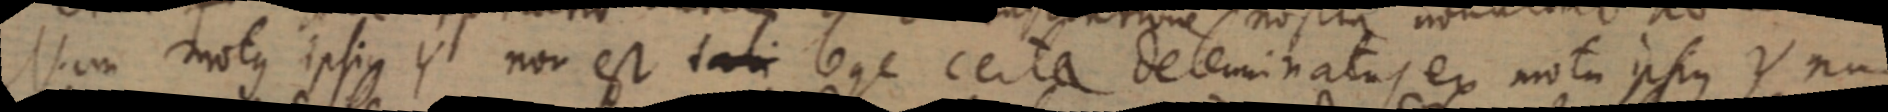
Nam motus ipsique Y non est tabi 6 ge certa deleminatus ex notu ipsius Y num